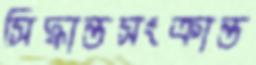
সিদ্ধান্তসংক্রান্ত